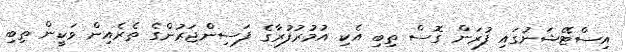
އިސްޓޭޝަނުގައި ފުރަން ގޮސް ތިބި އެކި އުމުރުފުރާގެ ފަސިންޖަރުންގެ ތެރެއިން ވަކީން ތިބި